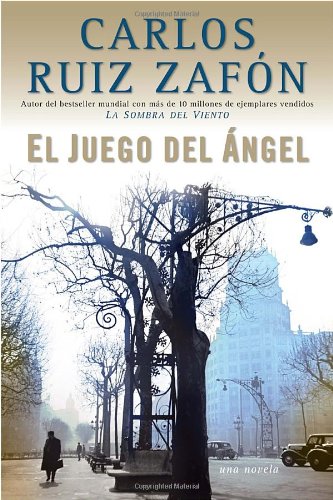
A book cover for El Juego del ÃEngel (Spanish Edition); Carlos Ruiz Zafon; Comics & Graphic Novels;